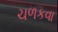
ચળકવા